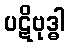
ပဋိဗုဒ္ဓါ